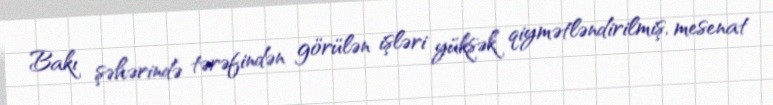
Bakı şəhərində tərəfindən görülən işləri yüksək qiymətləndirilmiş, mesenat